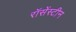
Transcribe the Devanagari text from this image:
रॉसेंस्टीन